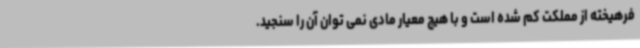
فرهیخته از مملکت کم شده است و با هیچ معیار مادی نمی توان آن را سنجید.